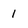
Character: 1